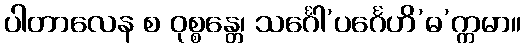
ပါတာလေန စ ဝုစ္စန္တေ၊ သင်္ဂေါ’ပင်္ဂေဟိ’ဓ’က္ကမာ။